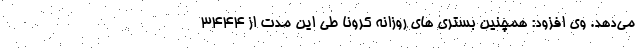
می‌دهد. وی افزود: همچنین بستری های روزانه کرونا طی این مدت از 3444